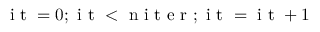
\mathrm { ~ i ~ t ~ } = 0 ; \mathrm { ~ i ~ t ~ } < \mathrm { ~ n ~ i ~ t ~ e ~ r ~ } ; \mathrm { ~ i ~ t ~ } = \mathrm { ~ i ~ t ~ } + 1